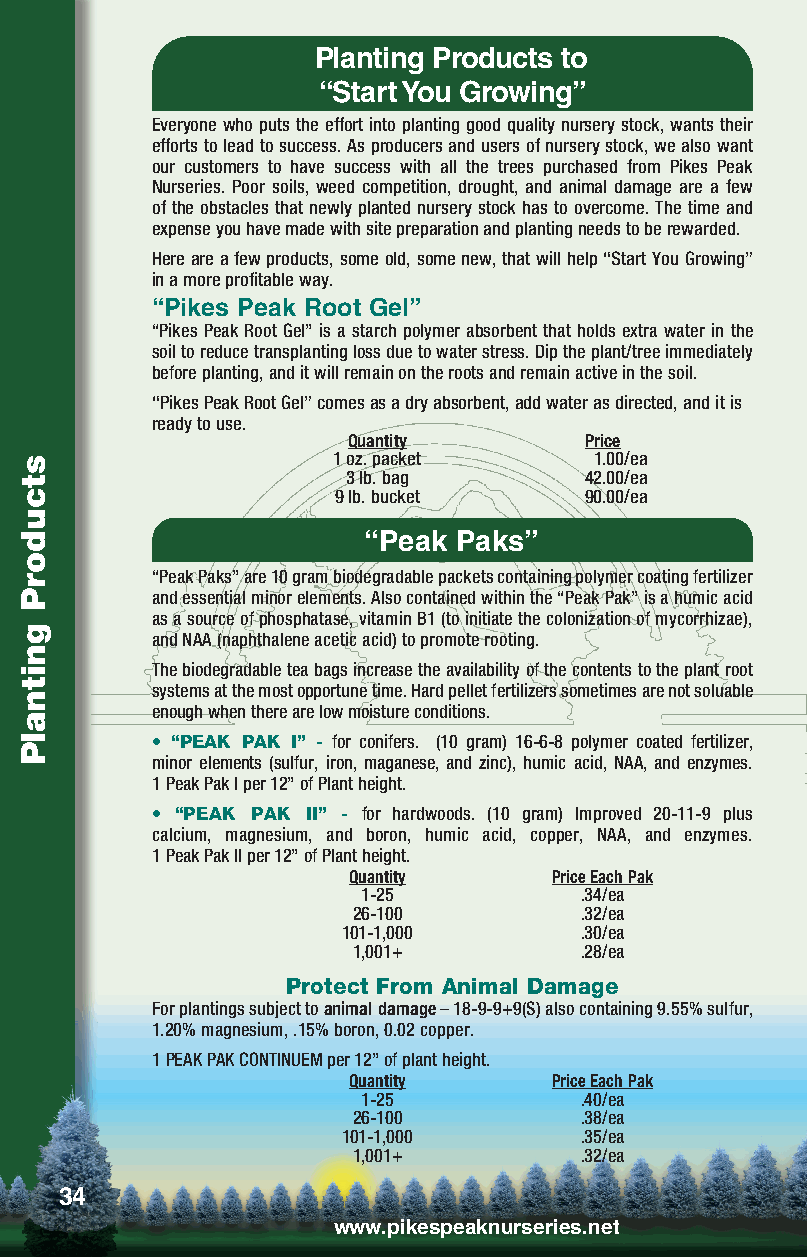
Planting Products to
 “Start You Growing”
 Everyone who puts the effort into planting good quality nursery stock, wants their
 efforts to lead to success. As producers and users of nursery stock, we also want
 our customers to have success with all the trees purchased from Pikes Peak
 Nurseries. Poor soils, weed competition, drought, and animal damage are a few
 of the obstacles that newly planted nursery stock has to overcome. The time and
 expense you have made with site preparation and planting needs to be rewarded.
 Here are a few products, some old, some new, that will help “Start You Growing”
 in a more profitable way.
 “Pikes Peak Root Gel”
 “Pikes Peak Root Gel” is a starch polymer absorbent that holds extra water in the
 soil to reduce transplanting loss due to water stress. Dip the plant/tree immediately
 before planting, and it will remain on the roots and remain active in the soil.
 “Pikes Peak Root Gel” comes as a dry absorbent, add water as directed, and it is
 ready to use.
 Quantity        Price
 1 oz. packet     1.00/ea
 3 lb. bag       42.00/ea
 9 lb. bucket     90.00/ea
 “Peak Paks”
 “Peak Paks” are 10 gram biodegradable packets containing polymer coating fertilizer
 and essential minor elements. Also contained within the “Peak Pak” is a humic acid
 as a source of phosphatase, vitamin B1 (to initiate the colonization of mycorrhizae),
 and NAA (naphthalene acetic acid) to promote rooting.
 The biodegradable tea bags increase the availability of the contents to the plant root
 systems at the most opportune time. Hard pellet fertilizers sometimes are not soluable
 enough when there are low moisture conditions.
 • “PEAK PAK I” - for conifers. (10 gram) 16-6-8 polymer coated fertilizer,
 minor elements (sulfur, iron, maganese, and zinc), humic acid, NAA, and enzymes.
 1 Peak Pak I per 12” of Plant height.
 • “PEAK PAK II” - for hardwoods. (10 gram) Improved 20-11-9 plus
 calcium, magnesium, and boron, humic acid, copper, NAA, and enzymes.
 1 Peak Pak II per 12” of Plant height.
 Quantity      Price Each Pak
 1-25          .34/ea
 26-100         .32/ea
 101-1,000      .30/ea
 1,001+         .28/ea
 Protect From Animal Damage
 For plantings subject to animal damage – 18-9-9+9(S) also containing 9.55% sulfur,
 1.20% magnesium, .15% boron, 0.02 copper.
 1 PEAK PAK CONTINUEM per 12” of plant height.
 Quantity      Price Each Pak
 1-25          .40/ea
 26-100         .38/ea
 101-1,000      .35/ea
 1,001+         .32/ea
 34
 www.pikespeaknurseries.net
 stcudorP
 gnitnalP